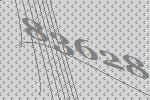
83628